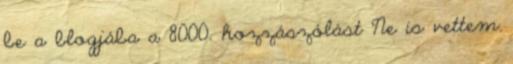
be a blogjába a 8000. hozzászólást Ne is vettem